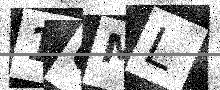
Text: 1GML